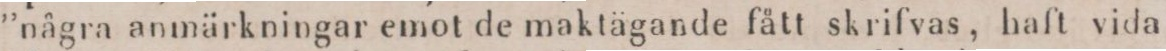
”några anmärkningar emot de maktägande fått skrifvas, haft vida